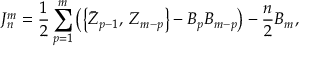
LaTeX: J _ { n } ^ { m } = \frac 1 2 \sum _ { p = 1 } ^ { m } \left( \left\{ \bar { Z } _ { p - 1 } , \: Z _ { m - p } \right\} - B _ { p } B _ { m - p } \right) - \frac n 2 B _ { m } ,